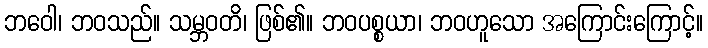
ဘဝေါ၊ ဘဝသည်။ သမ္ဘဝတိ၊ ဖြစ်၏။ ဘဝပစ္စယာ၊ ဘဝဟူသော အကြောင်းကြောင့်။